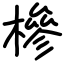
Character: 槮